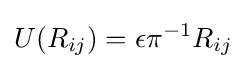
U(R_{ij})=\epsilon \pi ^{-1}R_{ij}